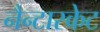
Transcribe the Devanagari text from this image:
नैन्टास्केट